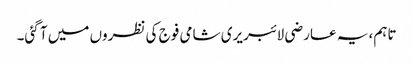
تاہم، یہ عارضی لائبریری شامی فوج کی نظروں میں آ گئی۔